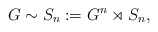
\begin{align*}G \sim S_n := G^n \rtimes S_n ,\end{align*}